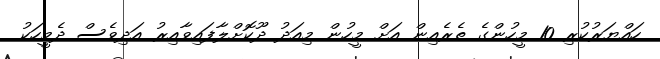
ހައްޔަރުކުރި 10 މީހުންގެ ތެރެއިން އަށް މީހުން މިއަދު ދޫކޮށްލާފައިވާއިރު އަދިވެސް ދެމީހަކު